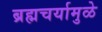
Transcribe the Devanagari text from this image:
ब्रह्मचर्यामुळे